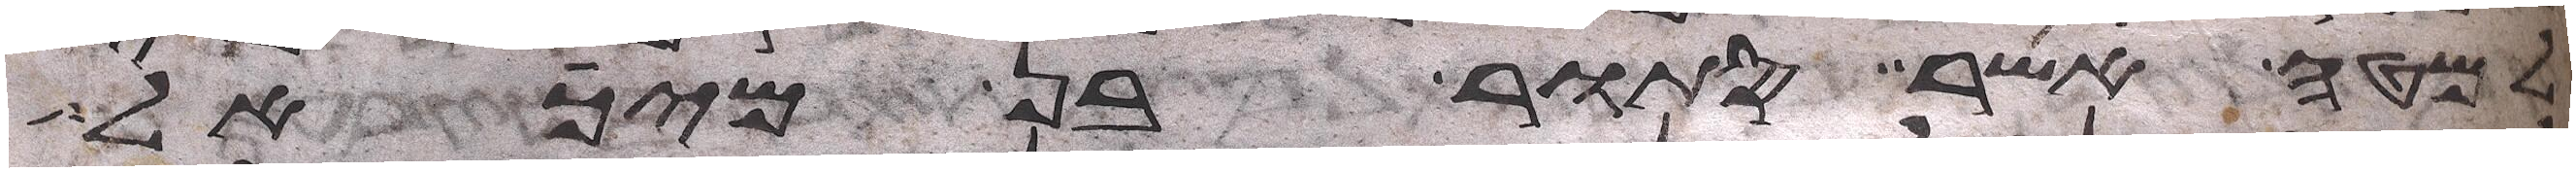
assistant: למטה אשר סתור בן מיכאל